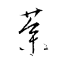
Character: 蔘